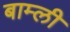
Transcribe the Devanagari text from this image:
बाम्ली